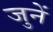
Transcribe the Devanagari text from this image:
जुनें